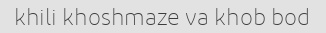
khili khoshmaze va khob bod